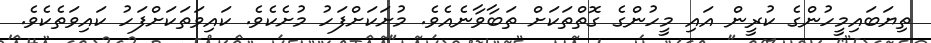
ތިޔަބައިމީހުންގެ ކުރީން އައި މީހުންގެ ގޮތްތަކަށް ތަބާވާނެއެވެ. މުށަކަށްފަހު މުށެކެވެ. ކައިވަތަކަށްފަހު ކައިވަތެކެވެ.